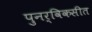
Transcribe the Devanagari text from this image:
पुनर्विकसीत